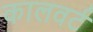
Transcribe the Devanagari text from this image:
कालवर्ट